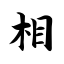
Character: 相